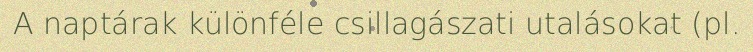
A naptárak különféle csillagászati utalásokat (pl.